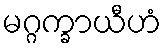
မဂ္ဂက္ခာယီဟံ